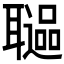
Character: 𦗻